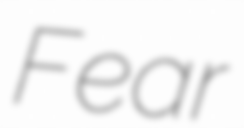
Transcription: Fear